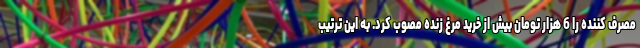
مصرف کننده را 6 هزار تومان بیش از خرید مرغ زنده مصوب کرد. به این ترتیب